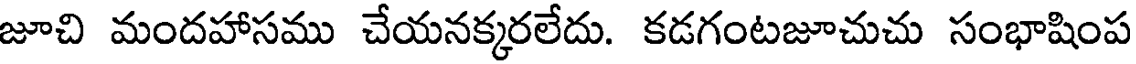
జూచి మందహాసము చేయనక్కరలేదు. కడగంటజూచుచు సంభాషింప